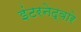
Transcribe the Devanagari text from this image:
इंटरनेद्वारे